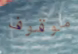
موقوف